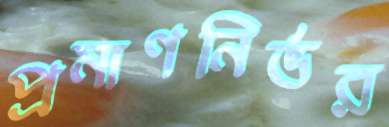
প্রমাণনির্ভর